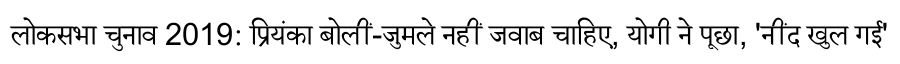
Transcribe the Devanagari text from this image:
लोकसभा चुनाव 2019: प्रियंका बोलीं-जुमले नहीं जवाब चाहिए, योगी ने पूछा, 'नींद खुल गई'